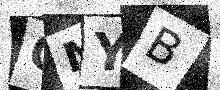
Text: OMYB